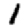
Digit: 1